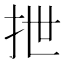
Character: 抴